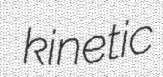
kinetic